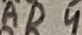
Text: AD4